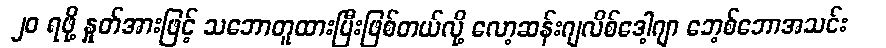
၂၀ ရဖို့ နှုတ်အားဖြင့် သဘောတူထားပြီးဖြစ်တယ်လို့ လော့ဆန်းဂျလိစ်ဒေါ့ဂျာ ဘေ့စ်ဘောအသင်း